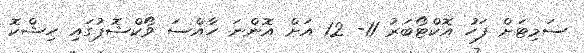
ސަމިޓަށް ފަހު އޮކްޓޯބަރު 11- 12 އަށް އޮންނަ ހާއްސަ ވޯކްޝޮޕުގައި ހިޝްކޮ